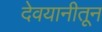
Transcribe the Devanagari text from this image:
देवयानीतून